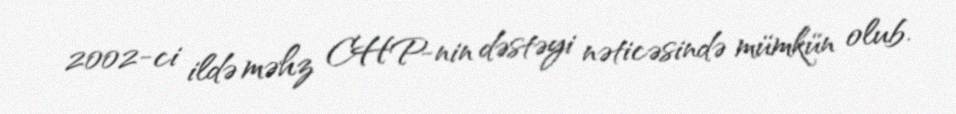
2002-ci ildə məhz CHP-nin dəstəyi nəticəsində mümkün olub.